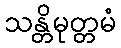
သန္တိမုတ္တမံ